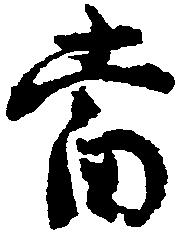
当